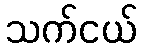
သက်ငယ်